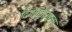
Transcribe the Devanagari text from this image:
दिग्विजयाला